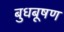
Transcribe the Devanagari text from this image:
बुधबूषण